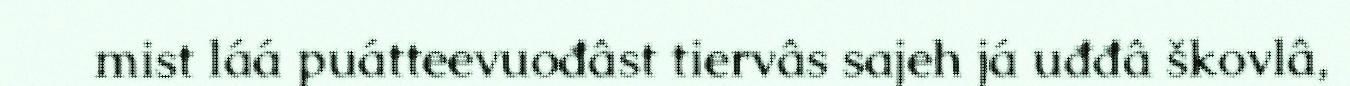
mist láá puátteevuođâst tiervâs sajeh já uđđâ škovlâ,